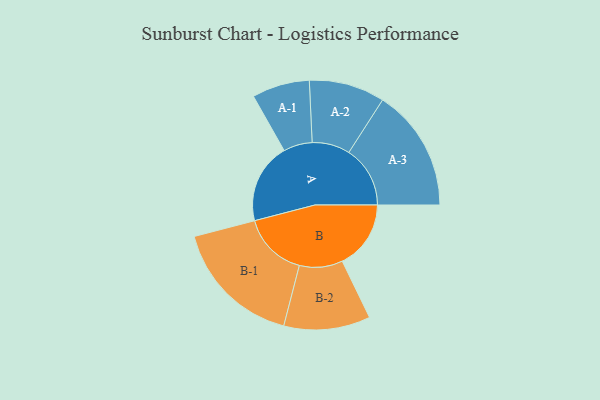
{"axis": {"x": "Segment", "y": "Value"}, "legend": ["", "A", "B"], "data": [{"x": "A", "y": 329, "type": ""}, {"x": "B", "y": 281, "type": ""}, {"x": "A-1", "y": 118, "type": "A"}, {"x": "A-2", "y": 155, "type": "A"}, {"x": "A-3", "y": 251, "type": "A"}, {"x": "B-1", "y": 267, "type": "B"}, {"x": "B-2", "y": 177, "type": "B"}]}